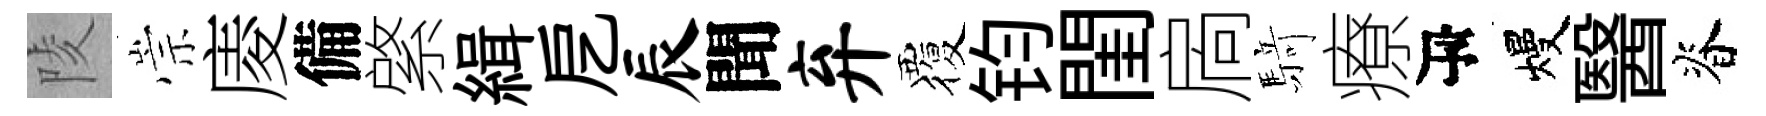
陵崇庱備綮緝戹辰聞弃覆钧閨扄𮪍療瓴熳醫脊